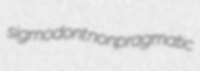
sigmodont nonpragmatic